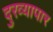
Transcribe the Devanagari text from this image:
दुरव्यापार